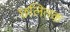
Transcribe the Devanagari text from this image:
छलितक